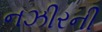
નઝીરની